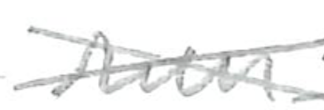
Text: run
Cross-out: cross
Writing tool: pencil